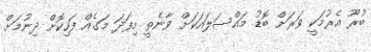
ބުރޫ އެރުމަކީ ވަރަށް ބޮޑު މައްސަލައަކަށް ވާނެތީ މިފަދަ މަގެއް ފަހިކޮށް ދިނުމަށް